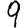
Digit: 9